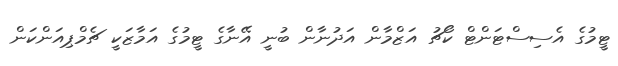
ޓީމުގެ އެސިސްޓަންޓް ކޯޗު އަޒްމާން އަދުނާން ބުނީ އޭނާގެ ޓީމުގެ އަމާޒަކީ ޗެމްޕިއަންކަން